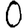
Digit: 0